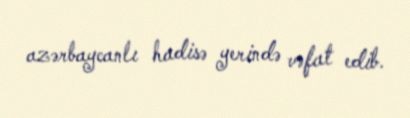
azərbaycanlı hadisə yerində vəfat edib.